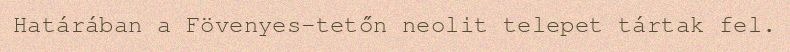
Határában a Fövenyes-tetőn neolit telepet tártak fel.